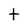
Character: t